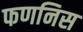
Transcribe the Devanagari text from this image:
फणनिस